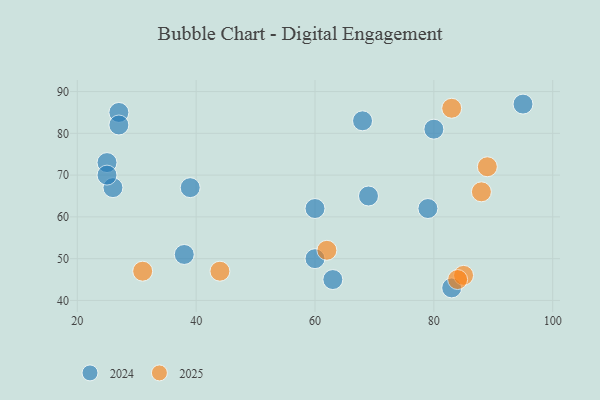
{"axis": {"x": "GDP", "y": "Life Expectancy"}, "legend": ["2024", "2025"], "data": [{"x": "85", "y": 46, "type": "2025"}, {"x": "83", "y": 86, "type": "2025"}, {"x": "88", "y": 66, "type": "2025"}, {"x": "31", "y": 47, "type": "2025"}, {"x": "44", "y": 47, "type": "2025"}, {"x": "84", "y": 45, "type": "2025"}, {"x": "62", "y": 52, "type": "2025"}, {"x": "89", "y": 72, "type": "2025"}, {"x": "95", "y": 87, "type": "2024"}, {"x": "39", "y": 67, "type": "2024"}, {"x": "69", "y": 65, "type": "2024"}, {"x": "80", "y": 81, "type": "2024"}, {"x": "83", "y": 43, "type": "2024"}, {"x": "27", "y": 85, "type": "2024"}, {"x": "63", "y": 45, "type": "2024"}, {"x": "60", "y": 62, "type": "2024"}, {"x": "26", "y": 67, "type": "2024"}, {"x": "68", "y": 83, "type": "2024"}, {"x": "27", "y": 82, "type": "2024"}, {"x": "79", "y": 62, "type": "2024"}, {"x": "60", "y": 50, "type": "2024"}, {"x": "38", "y": 51, "type": "2024"}, {"x": "25", "y": 73, "type": "2024"}, {"x": "25", "y": 70, "type": "2024"}]}